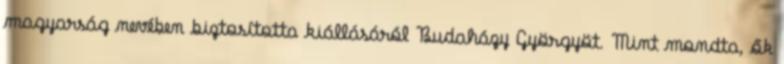
magyarság nevében biztosította kiállásáról Budaházy Györgyöt. Mint mondta, ők